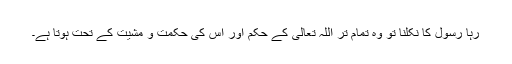
رہا رسول کا نکلنا تو وہ تمام تر اللہ تعالیٰ کے حکم اور اس کی حکمت و مشیت کے تحت ہوتا ہے۔